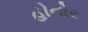
હોનોર